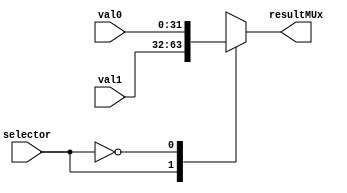
module MuxAdder(
    input [31:0]val0,
    input [31:0]val1,
    input selector,
    output reg [31:0]resultMUx
);

always @*
    begin
        case(selector)
        1'b1:
            resultMUx=val1;
        1'b0:
            resultMUx=val0;
        endcase
    end
endmodule